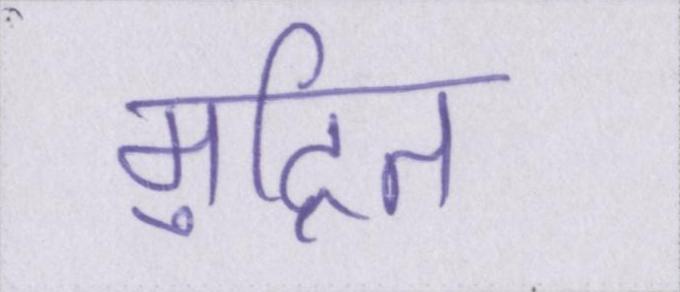
मुद्रित